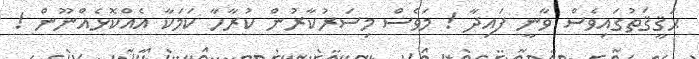
ޙަޤީޤަތުގައިވެސް ވާނީ ފައިދާ ! މަވެސް މިސަރުކާރުން ކުރާހާ ކަމަކާ އެއްކޮޅެއްނޫން !